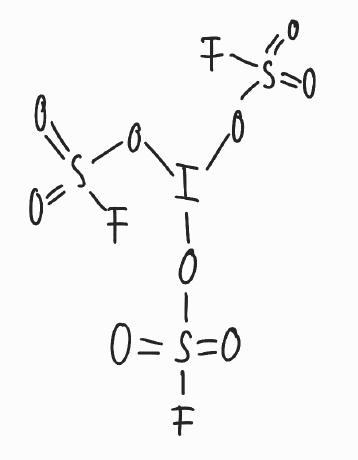
Simplified molecular-input line-entry system (SMILES) notation of the given molecule:
O=S(=O)(OI(OS(=O)(=O)F)OS(=O)(=O)F)F